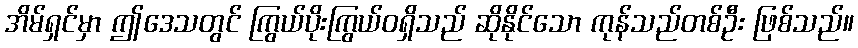
အိမ်ရှင်မှာ ဤဒေသတွင် ကြွယ်ပိုးကြွယ်ဝရှိသည် ဆိုနိုင်သော ကုန်သည်တစ်ဦး ဖြစ်သည်။